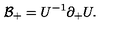
{ \cal B } _ { + } = U ^ { - 1 } \partial _ { + } U .